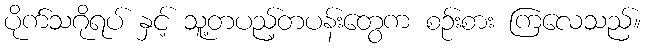
ပိုက်သဂိုရပ် နှင့် သူ့တပည့်တပန်းတွေက စဉ်းစား ကြလေသည်။